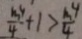
\frac { m ^ { 4 } } { 4 } + 1 > \frac { m ^ { 4 } } { 4 }